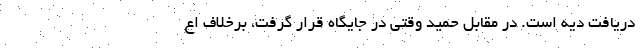
دریافت دیه است. در مقابل حمید وقتی در جایگاه قرار گرفت، برخلاف اع